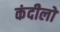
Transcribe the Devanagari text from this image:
कंदीलों